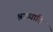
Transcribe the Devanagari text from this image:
श्राध्धादि